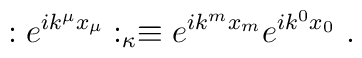
:e^{i k^\mu x_\mu}:_\kappa \equiv e^{i k^m x_m} e^{i k^0 x_0}~.